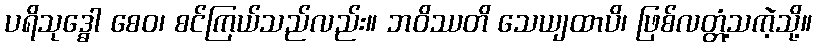
ပရိသုဒ္ဓေါ စေဝ၊ စင်ကြယ်သည်လည်း။ ဘဝိဿတိ သေယျထာပိ၊ ဖြစ်လတ္တံ့သကဲ့သို့။